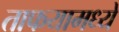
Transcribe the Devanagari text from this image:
ताफयामध्ये